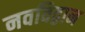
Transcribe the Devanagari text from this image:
नवविद्वान